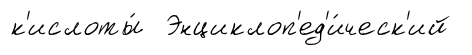
к'ислоты́ Энциклоп'ед'и́ческ'ий